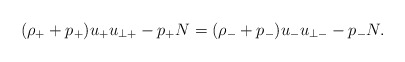
\begin{align*} (\rho_++p_+)u_+ u_{\perp +}-p_+N=(\rho_-+p_-)u_- u_{\perp -}-p_-N.\end{align*}